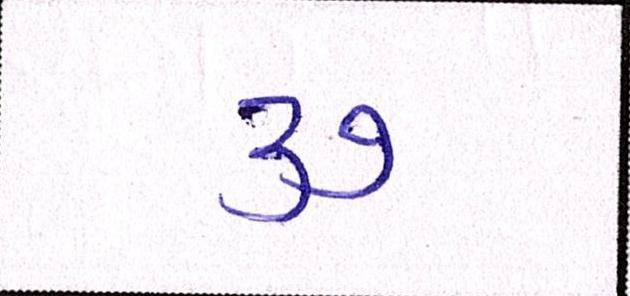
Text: ૩૭